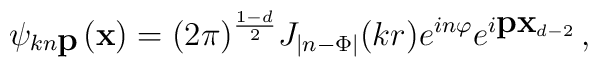
\psi_{kn\textbf{p}\,}(\textbf{x})=(2\pi)^{\frac {1-d}2} J_{|n-\Phi|}(kr)  e^{in\varphi}e^{i\textbf{p}{\textbf{x}}_{d-2}}\,,